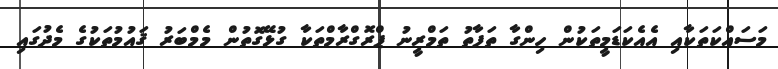
މަސައްކަތަކާއި އެއެކަޑަމީތަކުން ހިންގާ ތަފާތު ތަމްރީނު ޕްރޮގްރާމްތަކާ ގުޅޭގޮތުން މެމްބަރު ޤައުމުތަކުގެ މެދުގައި